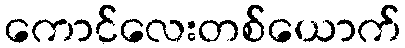
ကောင်လေးတစ်ယောက်